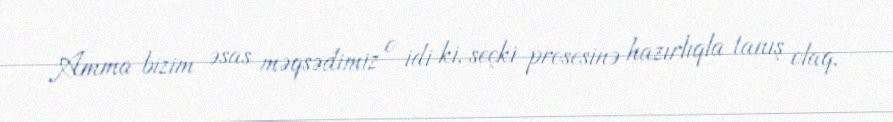
Amma bizim əsas məqsədimiz o idi ki, seçki prosesinə hazırlıqla tanış olaq,